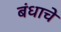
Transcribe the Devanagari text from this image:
बंधाचे